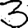
Digit: 3